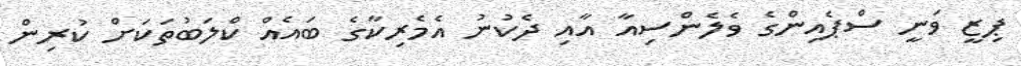
ޕިޒީ ވަނީ ސްޕެއިންގެ ވެލެންސިއާ އާއި ދެކުނު އެމެރިކާގެ ބައެއް ކްލަބުތަކަށް ކުރިން